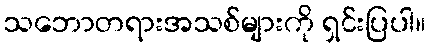
သဘောတရားအသစ်များကို ရှင်းပြပါ။